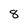
Character: 8